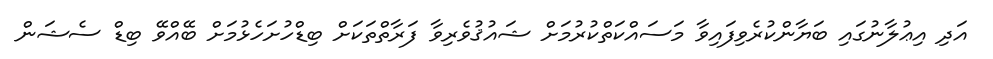
އަދި އިޢުލާނުގައި ބަޔާންކުރެވިފައިވާ މަސައްކަތްކުރުމަށް ޝައުޤުވެރިވާ ފަރާތްތަކަށް ބިޑްހުށަހެޅުމަށް ބޭއްވޭ ބިޑް ސެޝަން